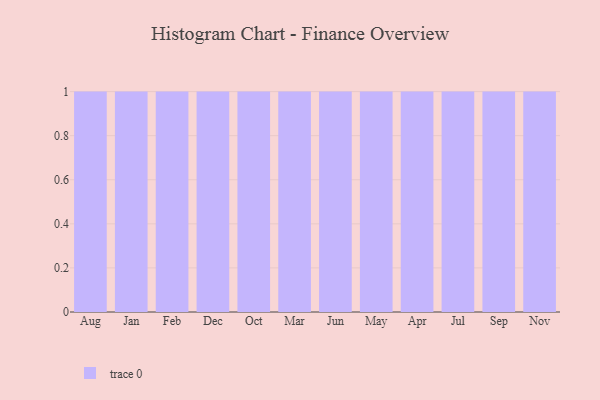
{"axis": {"x": "Month", "y": "Shipments"}, "legend": [""], "data": [{"x": "Aug", "y": 17, "type": ""}, {"x": "Jan", "y": 13, "type": ""}, {"x": "Feb", "y": 20, "type": ""}, {"x": "Dec", "y": 46, "type": ""}, {"x": "Oct", "y": 64, "type": ""}, {"x": "Mar", "y": 33, "type": ""}, {"x": "Jun", "y": 1, "type": ""}, {"x": "May", "y": 86, "type": ""}, {"x": "Apr", "y": 60, "type": ""}, {"x": "Jul", "y": 58, "type": ""}, {"x": "Sep", "y": 99, "type": ""}, {"x": "Nov", "y": 71, "type": ""}]}